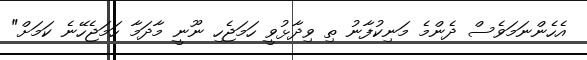
އެހެންނަމަވެސް ދެންމެ މަނިކުފާނު ތި ވިދާޅުވީ ހަމަޖެހި ނޫނީ މާދަމާ ހަމަޖެހޭނެ ކަމަށް"